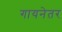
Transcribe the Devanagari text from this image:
गायनेतर